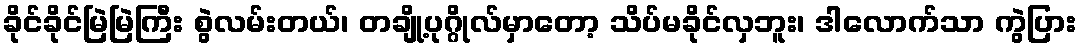
ခိုင်ခိုင်မြဲမြဲကြီး စွဲလမ်းတယ်၊ တချို့ပုဂ္ဂိုလ်မှာတော့ သိပ်မခိုင်လှဘူး၊ ဒါလောက်သာ ကွဲပြား